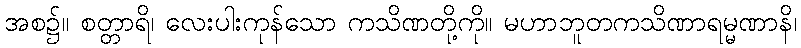
အစ၌။ စတ္တာရိ၊ လေးပါးကုန်သော ကသိဏတို့ကို။ မဟာဘူတကသိဏာရမ္မဏာနိ၊